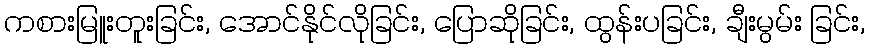
ကစားမြူးတူးခြင်း, အောင်နိုင်လိုခြင်း, ပြောဆိုခြင်း, ထွန်းပခြင်း, ချီးမွမ်း ခြင်း,